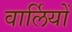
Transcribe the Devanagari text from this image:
वार्लियों